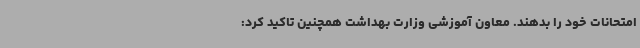
امتحانات خود را بدهند. معاون آموزشی وزارت بهداشت همچنین تاکید کرد: